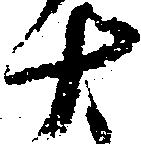
十